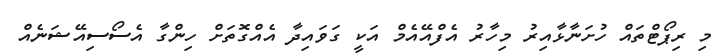
މި ރިޕޯޓްތައް ހުށަނާޅާއިރު މިހާރު އެފްއޭއެމް އަކީ ގަވައިދާ އެއްގޮތަށް ހިންގާ އެސޯސިއޭޝަނެއް